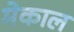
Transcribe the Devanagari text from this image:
मेकाल